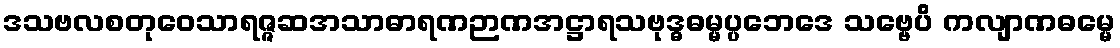
ဒသဗလစတုဝေသာရဇ္ဇဆအသာဓာရဏဉာဏအဋ္ဌာရသဗုဒ္ဓဓမ္မပ္ပဘေဒေ သဗ္ဗေပိ ကလျာဏဓမ္မေ